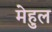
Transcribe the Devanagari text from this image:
मेहुल